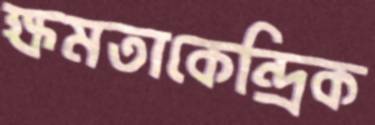
ক্ষমতাকেন্দ্রিক